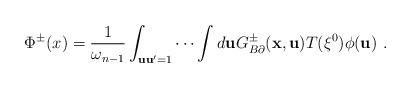
LaTeX: \begin{align*}\Phi^\pm(x)=\frac{1}{\omega_{n-1}}\int_{{\bf uu}^{\prime}=1}\cdots\int d{\bf u}G^\pm_{B\partial}({\bf x},{\bf u})T(\xi^0)\phi({\bf u})~.\end{align*}